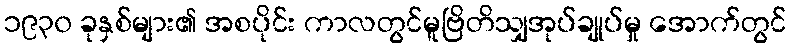
၁၉၃၀ ခုနှစ်များ၏ အစပိုင်း ကာလတွင်မူဗြိတိသျှအုပ်ချုပ်မှု အောက်တွင်